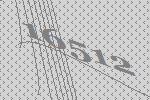
16512